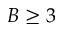
B \geq 3